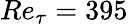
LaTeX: Re_{\tau}=395